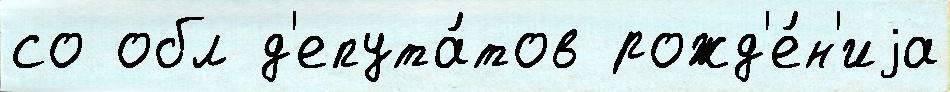
со обл д'епута́тов рожд'е́н'иjа